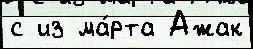
с из ма́рта Ажак